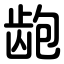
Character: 龅